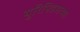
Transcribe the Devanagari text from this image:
युरिपिडसच्या